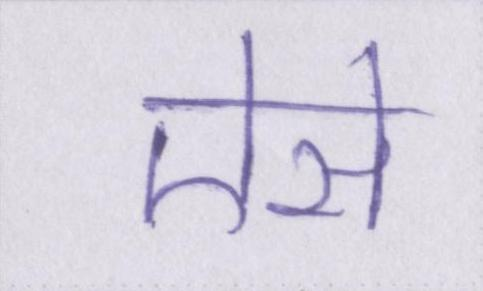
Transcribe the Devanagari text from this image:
ऐसे